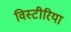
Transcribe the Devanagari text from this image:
विस्टीरिया